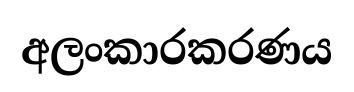
අලංකාරකරණය